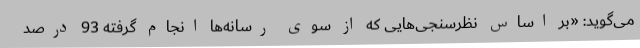
می‌گوید: «بر اساس نظرسنجی‌هایی که از سوی رسانه‌ها انجام گرفته 93 درصد